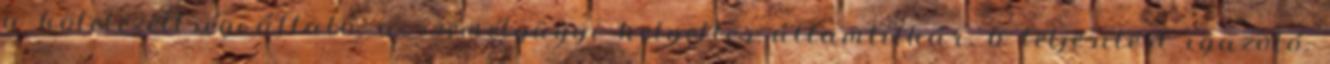
a kötelezettségvállaló: a személyügyi helyettes államtitkár, b teljesítést igazoló: